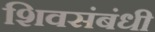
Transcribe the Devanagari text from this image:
शिवसंबंधी